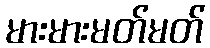
မားမားမတ်မတ်